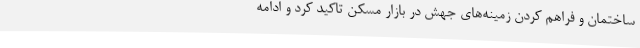
ساختمان و فراهم کردن زمینه‌های جهش در بازار مسکن تاکید کرد و ادامه